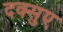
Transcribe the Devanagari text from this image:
दक्सुए